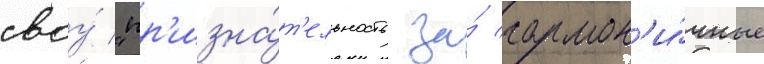
своу́ "пр'изна́т'ельность за́ гармон'и́чные